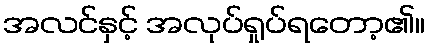
အလင်နှင့် အလုပ်ရှုပ်ရတော့၏။